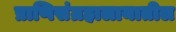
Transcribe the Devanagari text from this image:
प्राणिसंग्रहालायातील